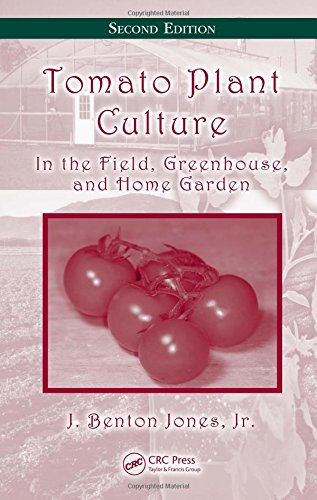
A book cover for Tomato Plant Culture: In the Field, Greenhouse, and Home Garden, Second Edition; J. Benton Jones  Jr.; Crafts, Hobbies & Home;